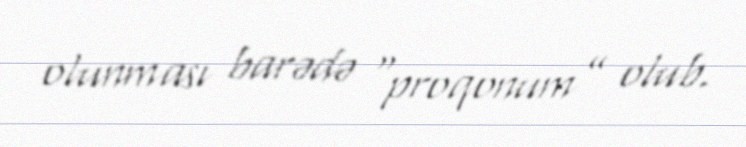
olunması barədə “proqonum” olub.